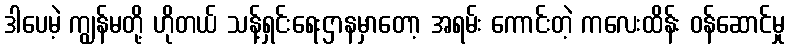
ဒါပေမဲ့ ကျွန်မတို့ ဟိုတယ် သန့်ရှင်းရေးဌာနမှာတော့ အရမ်း ကောင်းတဲ့ ကလေးထိန်း ဝန်ဆောင်မှု